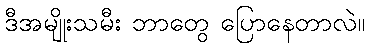
ဒီအမျိုးသမီး ဘာတွေ ပြောနေတာလဲ။